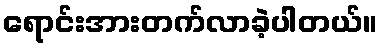
ရောင်းအားတက်လာခဲ့ပါတယ်။